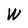
Character: W